Indian journal of veterinary science and animal husbandry - Volume 3,
Year: 1933
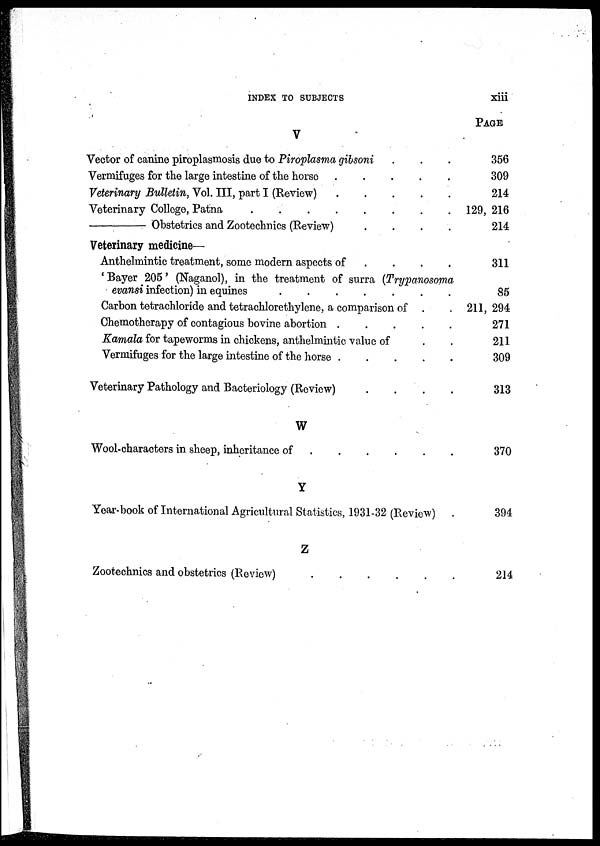
INDEX TO SUBJECTS
xiii
V
Vector of canine piroplasmosis due to Piroplasma gibsoni . . .
Vermifuges for the large intestine of the horse . . . . . . . .
Veterinary Bulletin, Vol. III, part I (Review) . . . . . . . .
Veterinary College, Patna . . . . . . . .
—
Obstetrics and Zootechnics (Review) . . . . . . . .
Veterinary medicine—
Anthelmintic treatment, some modern aspects of . . . . . . . .
' Bayer 205' (Naganol), in the treatment of surra (Trypanosoma
evansi infection) in equines . . . . . . . .
Carbon tetrachloride and tetrachlorethylene, a comparison of . .
Chemotherapy of contagious bovine abortion . . . . . . . .
Kamala for tapeworms in chickens, anthelmintic value of . .
Vermifuges for the large intestine of the horse . . . . . . . .
Veterinary Pathology and Bacteriology (Review) . . . . . . . .
W
Wool-characters in sheep, inheritance of . . . . . . . .
Y
Year-book of International Agricultural Statistics, 1931-32 (Review) .
Z
Zootechnics and obstetrics (Review) . . . . . . . .
PAGE
356
309
214
129, 216
214
311
85
211, 294
271
211
309
313
370
394
214